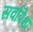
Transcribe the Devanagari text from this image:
सर्वांपेक्षा